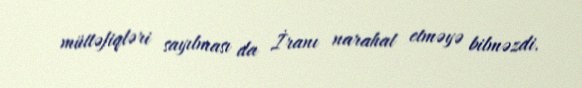
müttəfiqləri sayılması da İranı narahat etməyə bilməzdi.